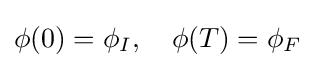
\phi (0)=\phi _{I},\quad \phi (T)=\phi _{F}